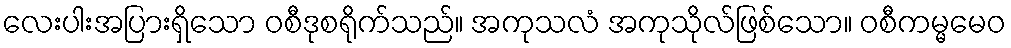
လေးပါးအပြားရှိသော ဝစီဒုစရိုက်သည်။ အကုသလံ အကုသိုလ်ဖြစ်သော။ ဝစီကမ္မမေဝ